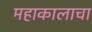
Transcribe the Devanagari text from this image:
महाकालाचा